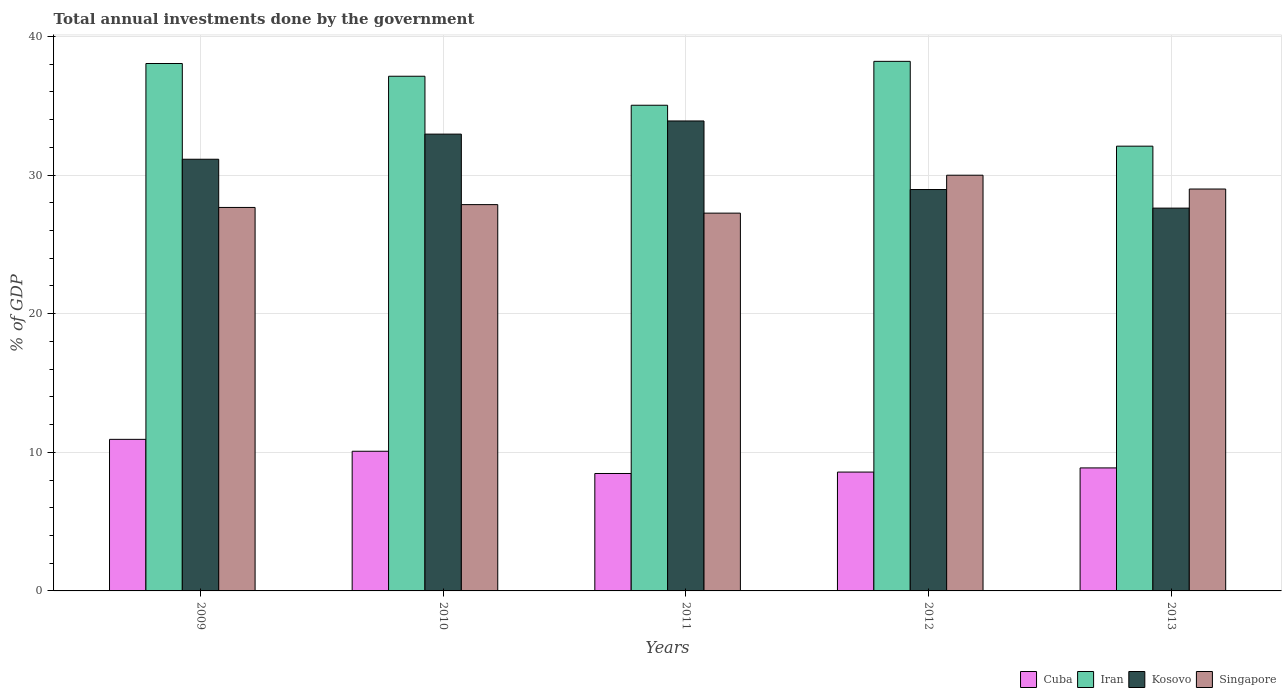
| Years | Cuba | Iran | Kosovo | Singapore |
 | --- | --- | --- | --- | --- |
 | 2009 | 10.9 | 38 | 31.1 | 27.7 |
 | 2010 | 10.1 | 37.1 | 33 | 27.9 |
 | 2011 | 8.47 | 35 | 33.9 | 27.3 |
 | 2012 | 8.57 | 38.2 | 29 | 30 |
 | 2013 | 8.87 | 32.1 | 27.6 | 29 |